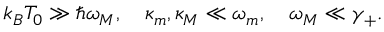
\begin{array} { r } { k _ { B } T _ { 0 } \gg \hslash \omega _ { M } , \quad \kappa _ { m } , \kappa _ { M } \ll \omega _ { m } , \quad \omega _ { M } \ll \gamma _ { + } . } \end{array}